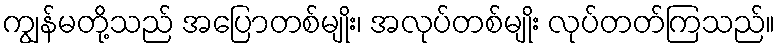
ကျွန်မတို့သည် အပြောတစ်မျိုး၊ အလုပ်တစ်မျိုး လုပ်တတ်ကြသည်။